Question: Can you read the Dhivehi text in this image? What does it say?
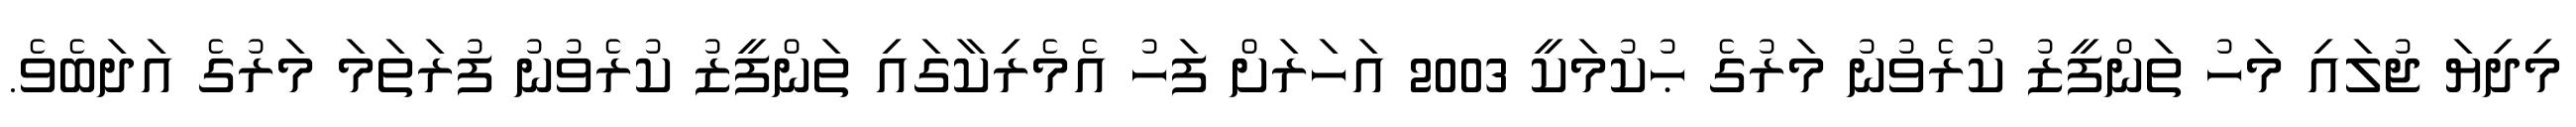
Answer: މިދިޔަ ޖުލައި މަހު ތަންފީޒު ކުރެވުނު މަރުގެ ޙުކުމަކީ 2003 އަހަރަށް ފަހު އެމެރިކާގައި ތަންފީޒު ކުރެވުނު ފުރަތަމަ މަރުގެ އަދަބެވެ.